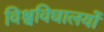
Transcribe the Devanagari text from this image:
विश्वविधालयों